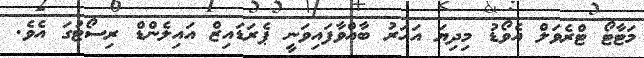
މަޓާޓޯ ޓްރެވަލް އެވޯޑު މިދިޔަ އަހަރު ބާއްވާފައިވަނީ ޕެރަޑައިޒް އައިލެންޑް ރިސޯޓުގަ އެވެ.